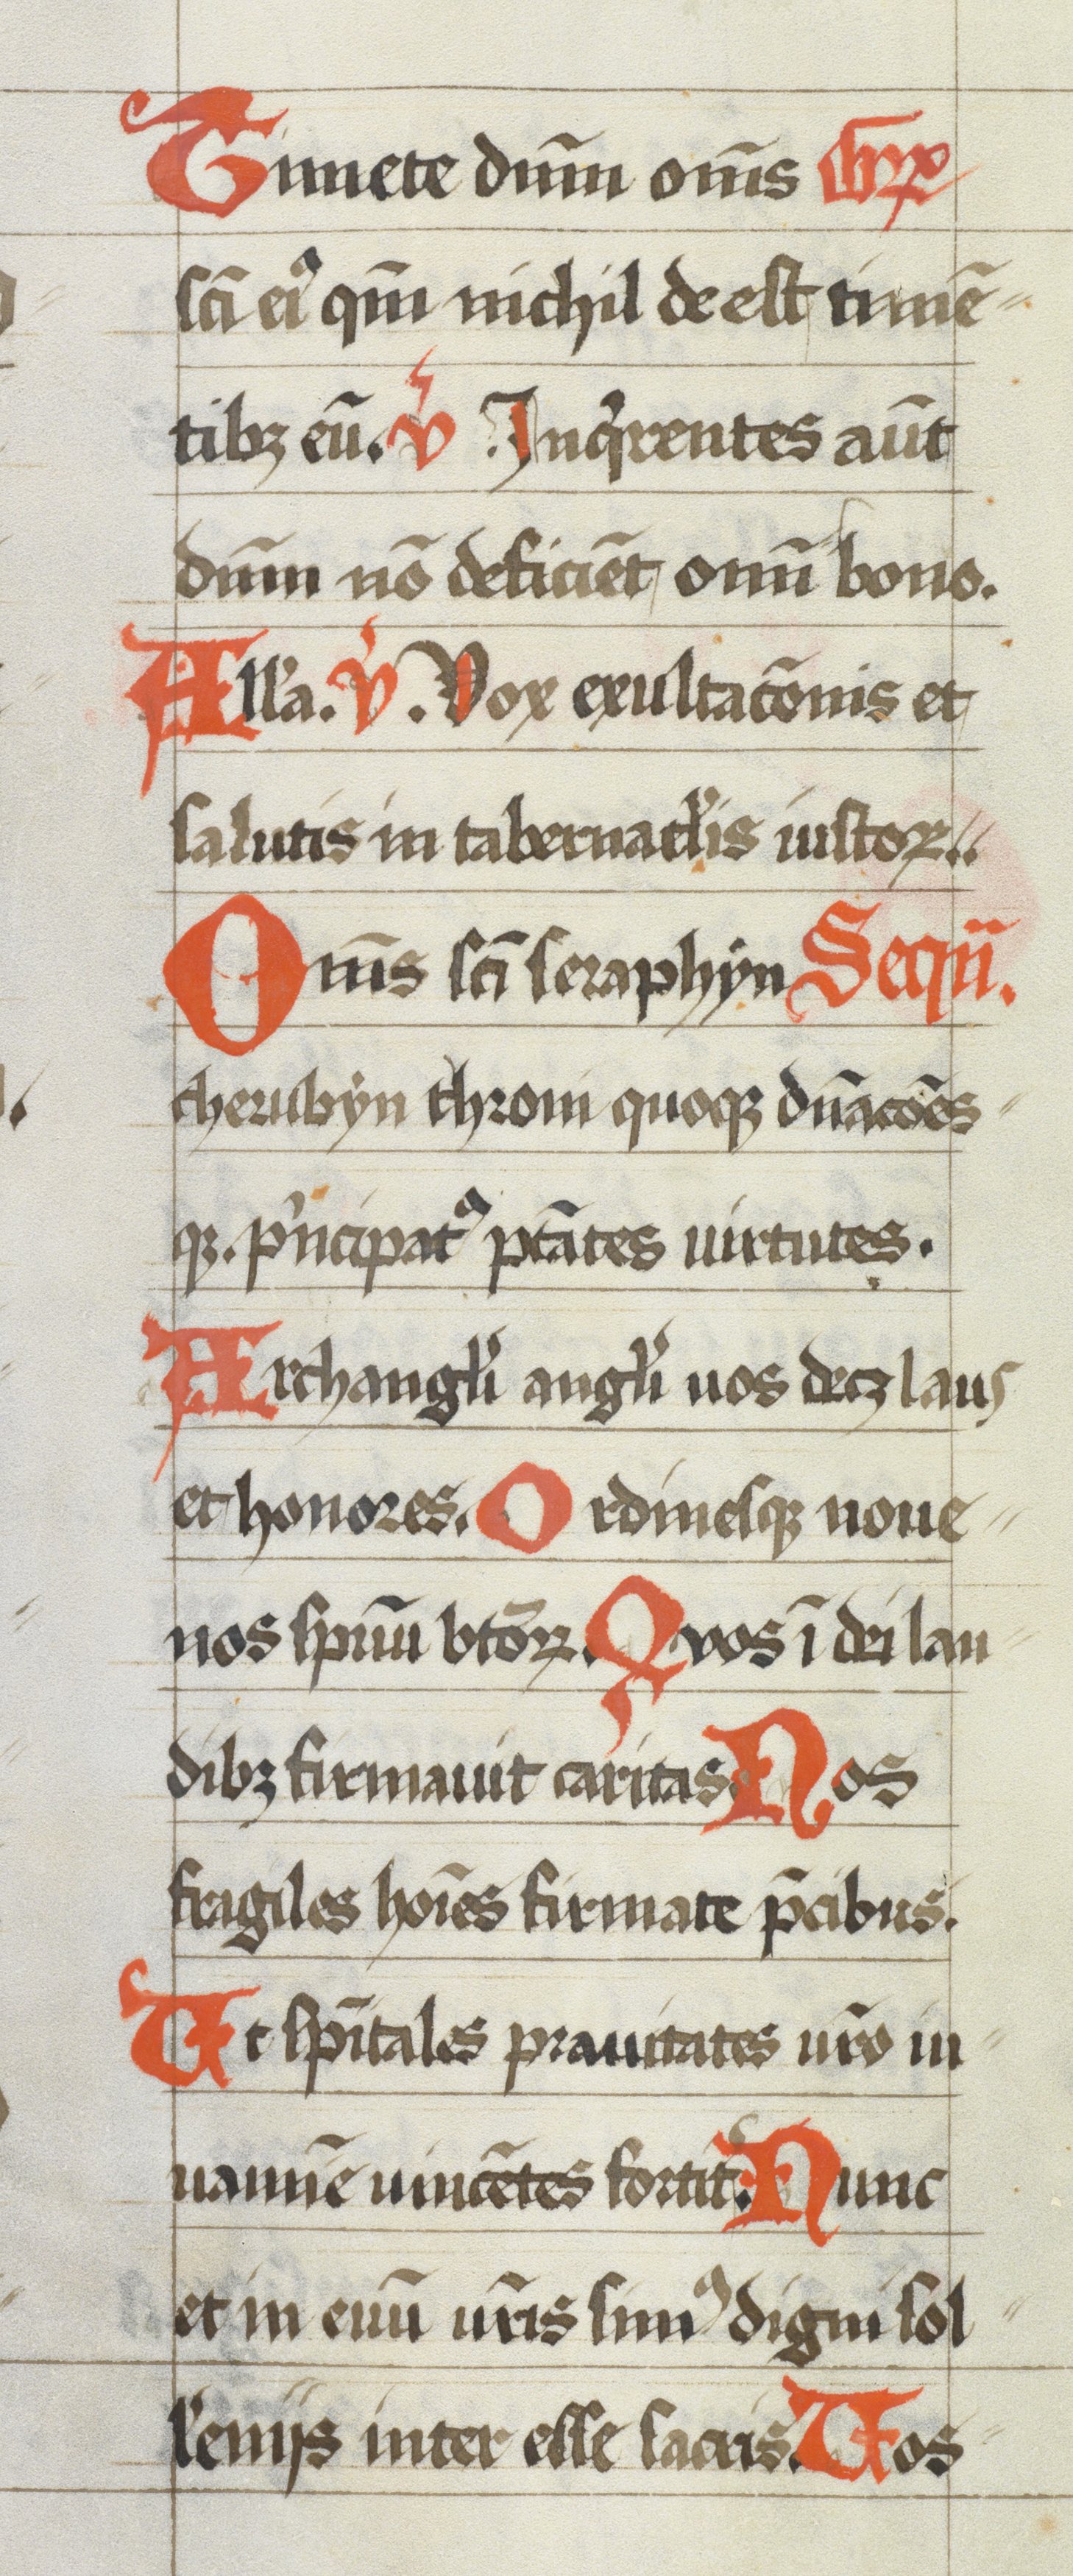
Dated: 1400–1499